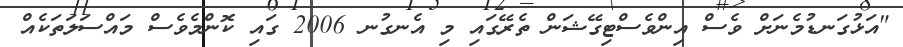
"އަޅުގަނޑުމެނަށް ވެސް އިންވެސްޓިގޭޝަން ތެރޭގައި މި އެނގުނ 2006 ގައި ކޮންމެވެސް މައްސަލަތަކެއް